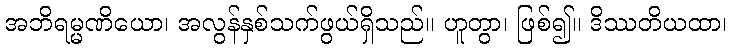
အဘိရမ္မဏိယော၊ အလွန်နှစ်သက်ဖွယ်ရှိသည်။ ဟူတွာ၊ ဖြစ်၍။ ဒိဿတိယထာ၊